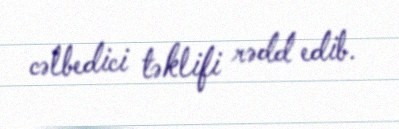
cəlbedici təklifi rədd edib.